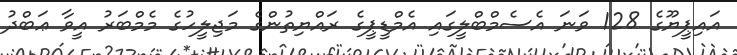
އައިޕީޔޫގެ 128 ވަނަ އެސެމްބްލީގައި އެމްޑީޕީގެ ރައްޔިތުންގެ މަޖިލީހުގެ މެމްބަރު އީވާ ޢަބްދު